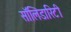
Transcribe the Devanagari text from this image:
सॉलिडारिटी